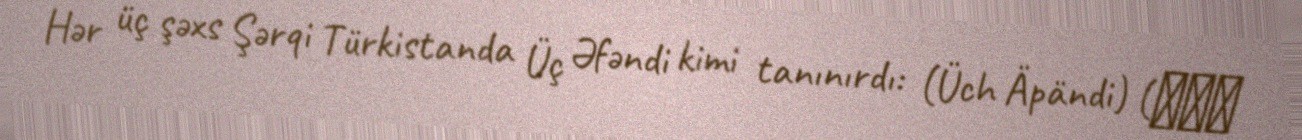
Hər üç şəxs Şərqi Türkistanda Üç Əfəndi kimi tanınırdı: (Üch Äpändi) (ئۈچ